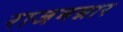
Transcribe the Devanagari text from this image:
राजमन्नार